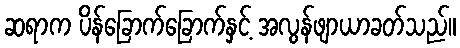
ဆရာက ပိန်ခြောက်ခြောက်နှင့် အလွန်ဖျာယာခတ်သည်။